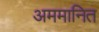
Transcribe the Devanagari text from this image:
अममानित